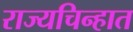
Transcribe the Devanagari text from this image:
राज्यचिन्हात